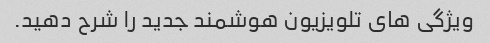
ویژگی های تلویزیون هوشمند جدید را شرح دهید.